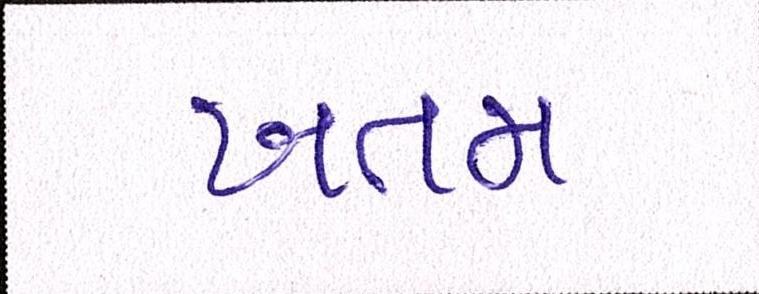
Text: ખતમ